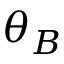
\theta _ { B }